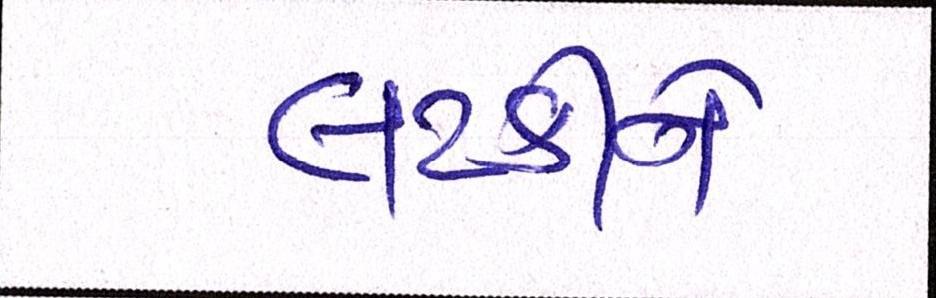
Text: લટકીને